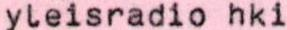
yleisradio hki